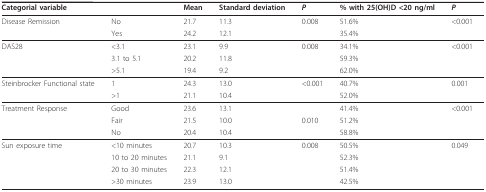
| Categorial variable |  | Mean | Standard deviation | P | % with 25(OH)D <20 ng/ml | P |
 | --- | --- | --- | --- | --- | --- | --- |
 | Disease Remission | No | 21.7 | 11.3 | 0.008 | 51.6% | <0.001 |
 |  | Yes | 24.2 | 12.1 |  | 35.4% |  |
 | DAS28 | <3.1 | 23.1 | 9.9 | 0.008 | 34.1% | <0.001 |
 |  | 3.1 to 5.1 | 20.2 | 11.8 |  | 59.3% |  |
 |  | >5.1 | 19.4 | 9.2 |  | 62.0% |  |
 | Steinbrocker Functional state | 1 | 24.3 | 13.0 | <0.001 | 40.7% | 0.001 |
 |  | >1 | 21.1 | 10.4 |  | 52.0% |  |
 | Treatment Response | Good | 23.6 | 13.1 |  | 41.4% | <0.001 |
 |  | Fair | 21.5 | 10.0 | 0.010 | 51.2% |  |
 |  | No | 20.4 | 10.4 |  | 58.8% |  |
 | Sun exposure time | <10 minutes | 20.7 | 10.3 | 0.008 | 50.5% | 0.049 |
 |  | 10 to 20 minutes | 21.1 | 9.1 |  | 52.3% |  |
 |  | 20 to 30 minutes | 22.3 | 12.1 |  | 51.4% |  |
 |  | >30 minutes | 23.9 | 13.0 |  | 42.5% |  |